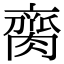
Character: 䐡